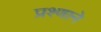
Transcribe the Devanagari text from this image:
प्रश्णाने